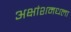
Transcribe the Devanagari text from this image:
अक्षांशमधला